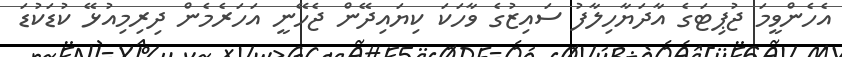
އެހެންވީމަ ޖުޕިޓަގެ އާދަޔާހިލާފު ސައިޒުގެ ވާހަކަ ކިޔައިދޭން ޖެހޭނީ އަހަރެމެން ދިރިމިއުޅޭ ކުޑަކުޑަ